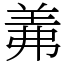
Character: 羛